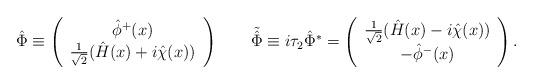
LaTeX: \begin{align*}\hat \Phi \equiv\left( \begin{array}{c} \hat \phi^+(x)\\ \frac 1{\sqrt 2}(\hat H(x) + i\hat \chi(x)) \end{array} \right) \qquad \tilde {\hat\Phi} \equiv i\tau_2 {\hat \Phi}^* = \left( \begin{array}{c} \frac 1{\sqrt 2}(\hat H(x) - i\hat \chi(x)) \\ -\hat \phi^-(x) \end{array} \right) \/.\end{align*}